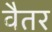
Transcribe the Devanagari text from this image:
वैतर